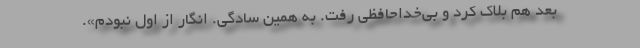
بعد هم بلاک کرد و بی‌خداحافظی رفت. به همین سادگی. انگار از اول نبودم».